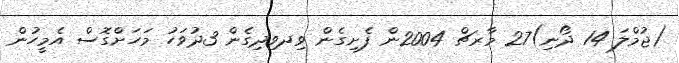
(ޖުމްލަ 14 ދޯނި)27 މާރޗް 2004ން ފެށިގެން ވިދވިދިގެން 3ދުވަހު މަހަށްގޮސް އެމީހުން